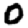
Digit: 0